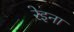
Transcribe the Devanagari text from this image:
रेइना